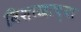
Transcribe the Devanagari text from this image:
विशाखाच्या